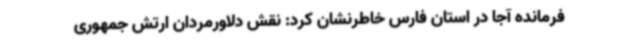
فرمانده آجا در استان فارس خاطرنشان کرد: نقش دلاورمردان ارتش جمهوری